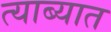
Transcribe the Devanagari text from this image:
त्याब्यात